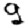
Digit: 9